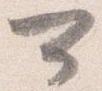
可